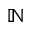
\mathbb { N }